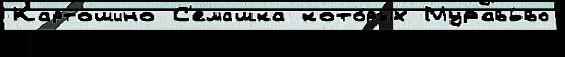
Картошино С'емашка кото́рых Муравь́во